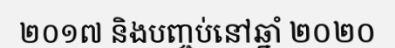
២០១៧ និងបញ្ចប់នៅឆ្នាំ ២០២០